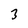
Character: 3